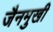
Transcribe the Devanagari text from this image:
जैनमुखी